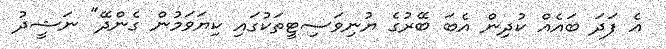
އެ ފަދަ ބައެއް ކުދިން އެބަ ބޭރުގެ ޔުނިވަސިޓީތަކުގައި ކިޔަވަމުން ގެންދޭ" ނަޝީދު